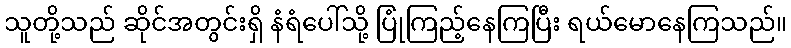
သူတို့သည် ဆိုင်အတွင်းရှိ နံရံပေါ်သို့ ပြုံကြည့်နေကြပြီး ရယ်မောနေကြသည်။